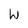
Character: W